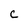
Character: c